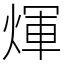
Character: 煇